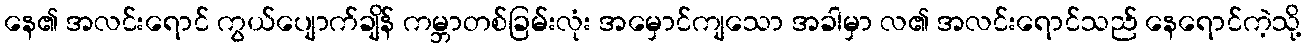
နေ၏ အလင်းရောင် ကွယ်ပျောက်ချိန် ကမ္ဘာတစ်ခြမ်းလုံး အမှောင်ကျသော အခါမှာ လ၏ အလင်းရောင်သည် နေရောင်ကဲ့သို့